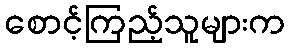
စောင့်ကြည့်သူများက